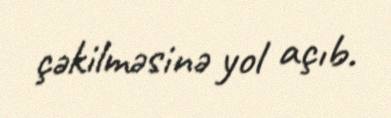
çəkilməsinə yol açıb.